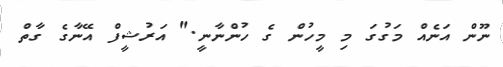
ނޫން އަނެއް މަގުގަ މި މީހުން ގެ ހުންނާނީ." އަރުޝީފް އޭނާގެ ގާތް